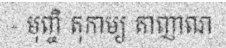
- មុញ្ចិ តុកាម្យ តាញាណ